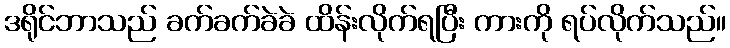
ဒရိုင်ဘာသည် ခက်ခက်ခဲခဲ ထိန်းလိုက်ရပြီး ကားကို ရပ်လိုက်သည်။